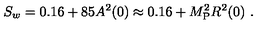
S _ { w } = 0 . 1 6 + 8 5 A ^ { 2 } ( 0 ) \approx 0 . 1 6 + M _ { \mathrm { P } } ^ { 2 } R ^ { 2 } ( 0 ) \ .